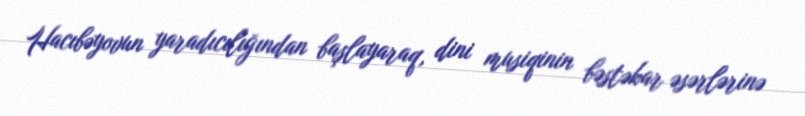
Hacıbəyovun yaradıcılığından başlayaraq, dini musiqinin bəstəkar əsərlərinə